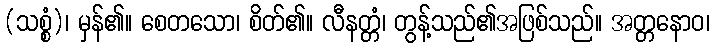
(သစ္စံ)၊ မှန်၏။ စေတသော၊ စိတ်၏။ လီနတ္တံ၊ တွန့်သည်၏အဖြစ်သည်။ အတ္တနောဝ၊